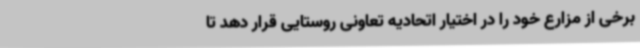
برخی از مزارع خود را در اختیار اتحادیه تعاونی روستایی قرار دهد تا